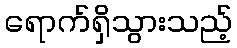
ရောက်ရှိသွားသည့်